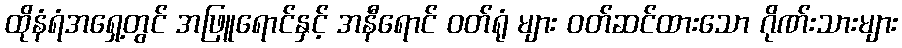
ထိုနံရံအရှေ့တွင် အဖြူရောင်နှင့် အနီရောင် ဝတ်ရုံ များ ဝတ်ဆင်ထားသော ဂိုဏ်းသားများ